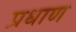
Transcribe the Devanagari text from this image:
प्रधाण